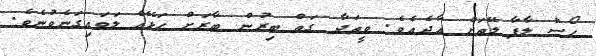
ހޯސް ލާފާ ލޭތަށް އާދެއެވެ. ވީތަދާ ގަތް ބިރުން ބާރަށް ހަޅޭއް ލަވައިގަނެވުނެވެ.